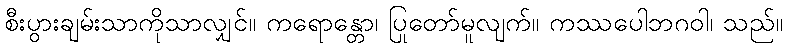
စီးပွားချမ်းသာကိုသာလျှင်။ ကရောန္တော၊ ပြုတော်မူလျက်။ ကဿပေါဘဂဝါ၊ သည်။